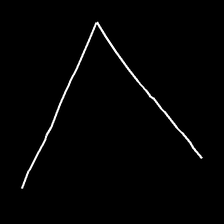
Glyph: region